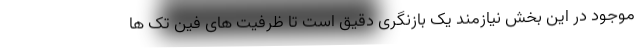
موجود در این بخش نیازمند یک بازنگری دقیق است تا ظرفیت های فین تک ها